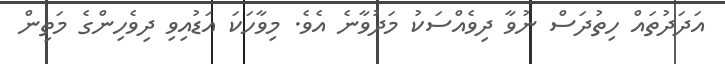
އަދަދުތައް ހިތުދަސް ނުވާ ދިވެއްސަކު މަދުވާނެ އެވެ. މިވާހަކަ އަޑުއިވި ދިވެހިންގެ މަތިން